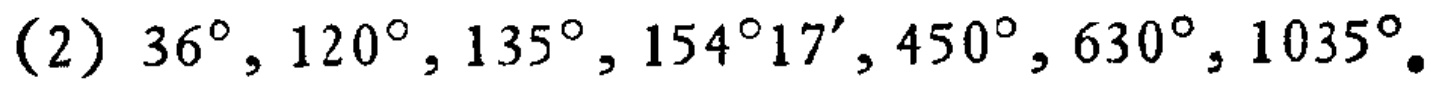
(2) \(36^{\circ},120^{\circ},135^{\circ},154^{\circ}17',450^{\circ},630^{\circ},1035^{\circ}\)